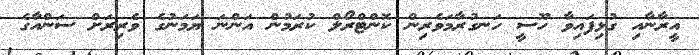
އީރާނާއި ގުޅިފައިވާ ހޫސީ ހަނގުރާމަވެރިން ކޮންޓްރޯލް ކުރަމުން އަންނަ ޔަމަނުގެ ވެރިރަށް ސަންއާގެ